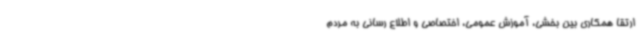
ارتقا همکاری بین بخشی، آموزش عمومی، اختصاصی و اطلاع رسانی به مردم